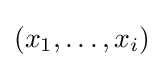
(x_{1},\dots ,x_{i})